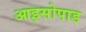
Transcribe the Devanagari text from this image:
आइसोपाड